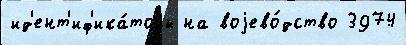
ид'ент'иф'ика́торы на воjево́дство 3974